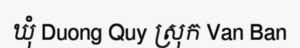
ឃុំ Duong Quy ស្រុក Van Ban